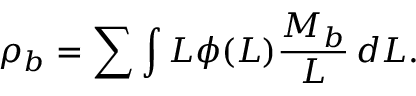
\rho _ { b } = \sum \int L \phi ( L ) { \frac { M _ { b } } { L } } \, d L .